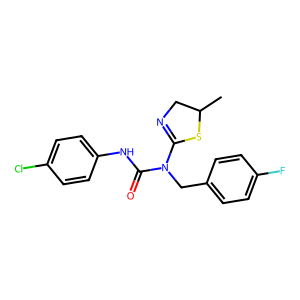
SMILES: CC1CN=C(N(Cc2ccc(F)cc2)C(=O)Nc2ccc(Cl)cc2)S1
Inhibits HIV replication: No